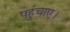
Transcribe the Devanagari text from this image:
पहुंचाए।